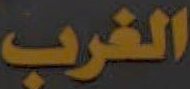
الغرب